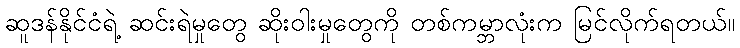
ဆူဒန်နိုင်ငံရဲ့ ဆင်းရဲမှုတွေ ဆိုးဝါးမှုတွေကို တစ်ကမ္ဘာလုံးက မြင်လိုက်ရတယ်။